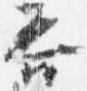
吾